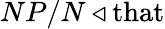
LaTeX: NP/N\triangleleft{\mathrm{that}}